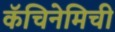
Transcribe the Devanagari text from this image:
कॅचिनेमिची